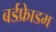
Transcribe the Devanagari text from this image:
बर्डफ्राेेडम